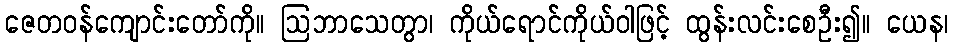
ဇေတဝန်ကျောင်းတော်ကို။ ဩဘာသေတွာ၊ ကိုယ်ရောင်ကိုယ်ဝါဖြင့် ထွန်းလင်းစေဦး၍။ ယေန၊